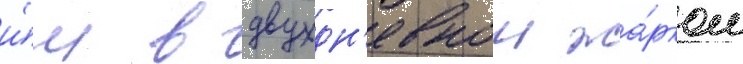
и́м в двухдн'евном жа́рком